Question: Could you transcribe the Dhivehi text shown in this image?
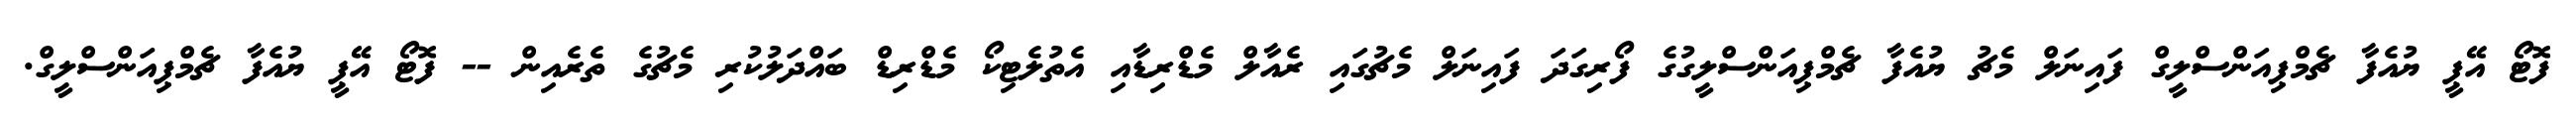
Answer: ފޮޓޯ އޭޕީ ޔުއެފާ ޗެމްޕިއަންސްލީގް ފައިނަލް މެޗު ޔުއެފާ ޗެމްޕިއަންސްލީގުގެ ފޯރިގަދަ ފައިނަލް މެޗުގައި ރެއާލް މެޑްރިޑާއި އެތުލެޓިކޯ މެޑްރިޑް ބައްދަލުކުރި މެޗުގެ ތެރެއިން -- ފޮޓޯ އޭޕީ ޔުއެފާ ޗެމްޕިއަންސްލީގް.